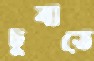
চুবাতে